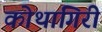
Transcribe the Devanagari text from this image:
कोथागिरी